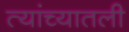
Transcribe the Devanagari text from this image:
त्यांच्यातली